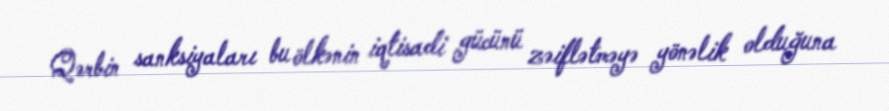
Qərbin sanksiyaları bu ölkənin iqtisadi gücünü zəiflətməyə yönəlik olduğuna